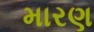
મારણ